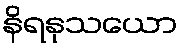
နိရနုသယော